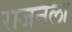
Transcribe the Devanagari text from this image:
राजनला